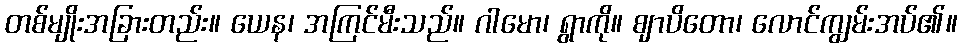
တစ်မျိုးအခြားတည်း။ ယေန၊ အကြင်မီးသည်။ ဂါမော၊ ရွာကို။ ဈာပိတော၊ လောင်ကျွမ်းအပ်၏။